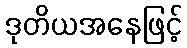
ဒုတိယအနေဖြင့်